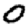
Digit: 0